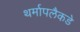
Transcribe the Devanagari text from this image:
थर्मापलैकडे